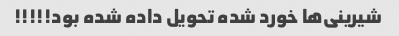
شیرینی‌ها خورد شده تحویل داده شده بود!!!!!